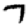
Digit: 7